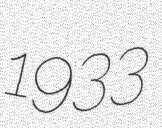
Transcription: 1933